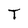
Character: T